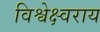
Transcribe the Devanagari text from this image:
विश्वेक्ष्वराय